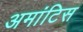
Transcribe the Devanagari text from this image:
अमांटिस